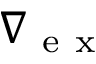
\nabla { } _ { \mathrm { ~ e ~ x ~ } }